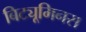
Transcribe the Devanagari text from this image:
बिट्यूमिनस